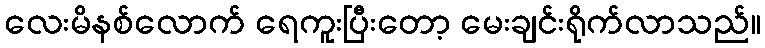
လေးမိနစ်လောက် ရေကူးပြီးတော့ မေးချင်းရိုက်လာသည်။